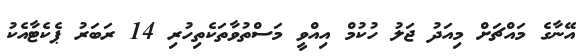
އޭނާގެ މައްޗަށް މިއަދު ޖަލު ހުކުމް އިއްވީ މަސްތުވާތަކެތިހުރި 14 ރަބަރު ޕެކެޓާއެކު